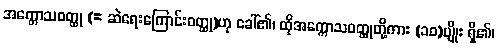
အက္ကောသဝတ္ထု (= ဆဲရေးကြောင်းဝတ္ထု)ဟု ခေါ်၏၊ ထိုအက္ကောသဝတ္ထုတို့ကား (၁၀)မျိုး ရှိ၏၊